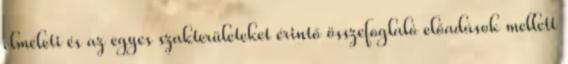
elméleti és az egyes szakterületeket érintő összefoglaló előadások mellett